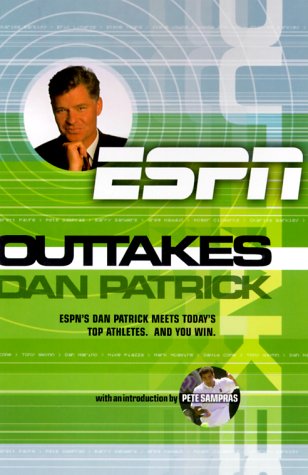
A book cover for Outtakes: Dan Patrick (ESPN Book); Dan Patrick; Sports & Outdoors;